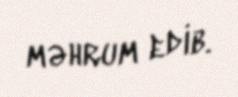
məhrum edib.